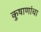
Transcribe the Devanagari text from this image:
कुषाणांचा